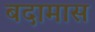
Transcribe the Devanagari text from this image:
बदामास